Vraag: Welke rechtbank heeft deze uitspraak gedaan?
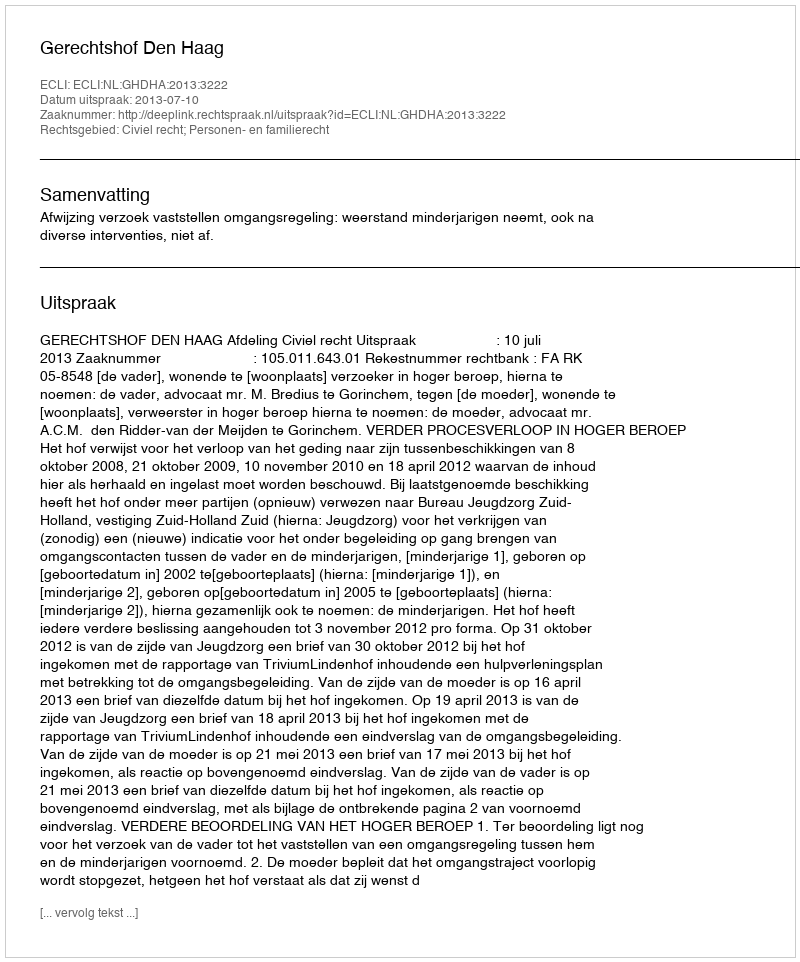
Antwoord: Gerechtshof Den Haag